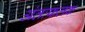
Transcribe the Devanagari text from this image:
अंतःफलक